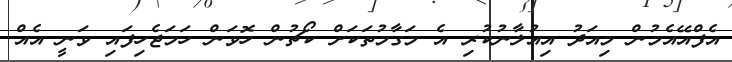
އެފްއޭއެމުން މިއަދު އިއުލާނުކުރި އެ މަގާމުތަކަށް ކޯޗުން ހޮވަން ހަމަޖެހިފައި ވަނީ އެއް